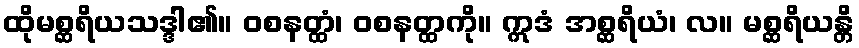
ထိုမစ္ဆရိယသဒ္ဒါ၏။ ဝစနတ္ထံ၊ ဝစနတ္ထကို။ ဣဒံ အစ္ဆရိယံ၊ လ။ မစ္ဆရိယန္တိ